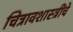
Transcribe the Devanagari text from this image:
चित्रावशास्त्रींचे